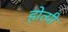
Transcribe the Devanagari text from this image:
होत्यी